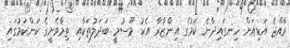
ރާއްޖެ އަޑިއަށް ހިނގައިދާނެ ކަމުގެ އިންޒާރާ އެކު މޫސުމީ ބަދަލުތަކާއި ތިމާވެށީގެ ކަންކަމުގައި